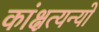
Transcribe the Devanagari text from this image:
कांक्षत्यन्यो